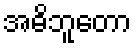
အဓိဘူတော